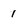
Character: 1